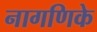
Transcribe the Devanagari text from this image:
नागणिके